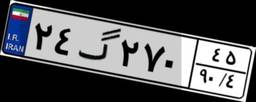
۱۷گ۵۰۶۵۷